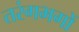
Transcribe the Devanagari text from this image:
तरंगभगों